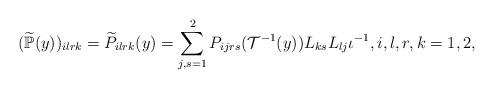
LaTeX: \begin{align*} (\widetilde{\mathbb P}(y))_{ilrk}=\widetilde{P}_{ilrk}(y)= \sum_{j,s=1}^2 P_{ijrs}( {\cal{T}}^{-1}(y))L_{ks}L_{lj} \iota^{-1}, i,l,r,k=1,2,\end{align*}